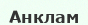
Анклам